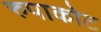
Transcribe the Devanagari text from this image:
रुपाकोट